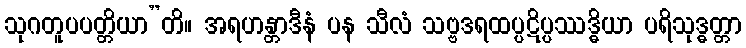
သုဂတူပပတ္တိယာ”တိ။ အရဟန္တာဒီနံ ပန သီလံ သဗ္ဗဒရထပ္ပဋိပ္ပဿဒ္ဓိယာ ပရိသုဒ္ဓတ္တာ